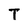
Character: T